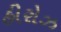
હીરોઝ